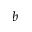
\boldsymbol { b }